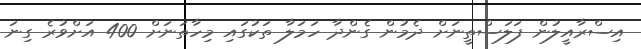
އިސްރާއީލުން ފަލަސްތީނަށް ދެމުން ގެންދާ ހަމަލާ ތަކުގައި މިހާތަނަށް 400 އަށްވުރެ ގިނަ